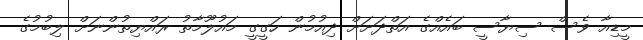
މީޑިއާ ވެސް ސިޔާސީ ބައެއްގެ އަތްދަށަށް ދިއުމުން ހަގީގީ މައުލޫމާތު ރައްޔިތުންނަށް ލިބުމުގެ